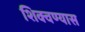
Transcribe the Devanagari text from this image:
शिक्वण्यास